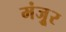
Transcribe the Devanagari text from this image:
मंजूुर